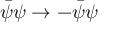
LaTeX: \bar { \psi } \psi \to - \bar { \psi } \psi